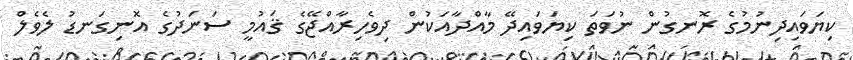
ކިޔަވައިދިނުމުގެ ރޮނގުން ނުވަތަ ކިޔަވައިދޭ މާއްދާއަކުން ދިވެހިރާއްޖޭގެ ޤައުމީ ސަނަދުގެ އޮނިގަނޑު ލެވެލް